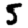
Digit: 5